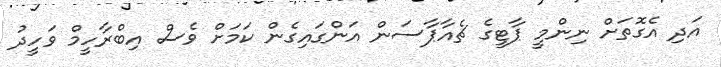
އަދި އެގޮތަށް ނިންމީ ޕާޓީގެ ޗެއާޕާސަން އަންގައިގެން ކަމަށް ވެސް އިބްރާހީމް ވަހީދު